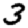
Digit: 3